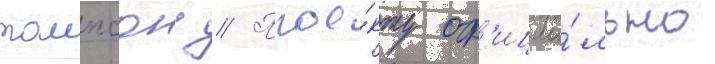
томпсон // Прое́кту оф'ициа́льно